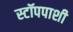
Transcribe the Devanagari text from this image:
स्टॉपपाशी